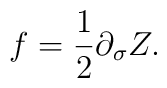
f=\frac{1}{2}\partial_{\sigma}Z.